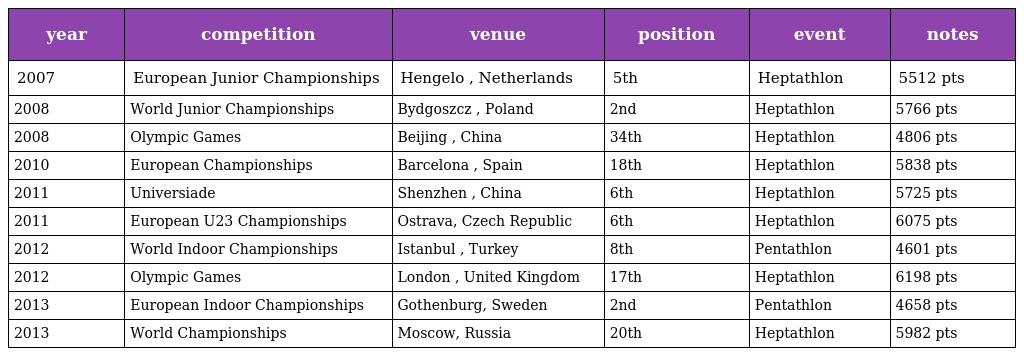
| year | competition | venue | position | event | notes |
 | --- | --- | --- | --- | --- | --- |
 | 2007 | European Junior Championships | Hengelo , Netherlands | 5th | Heptathlon | 5512 pts |
 | 2008 | World Junior Championships | Bydgoszcz , Poland | 2nd | Heptathlon | 5766 pts |
 | 2008 | Olympic Games | Beijing , China | 34th | Heptathlon | 4806 pts |
 | 2010 | European Championships | Barcelona , Spain | 18th | Heptathlon | 5838 pts |
 | 2011 | Universiade | Shenzhen , China | 6th | Heptathlon | 5725 pts |
 | 2011 | European U23 Championships | Ostrava, Czech Republic | 6th | Heptathlon | 6075 pts |
 | 2012 | World Indoor Championships | Istanbul , Turkey | 8th | Pentathlon | 4601 pts |
 | 2012 | Olympic Games | London , United Kingdom | 17th | Heptathlon | 6198 pts |
 | 2013 | European Indoor Championships | Gothenburg, Sweden | 2nd | Pentathlon | 4658 pts |
 | 2013 | World Championships | Moscow, Russia | 20th | Heptathlon | 5982 pts |